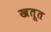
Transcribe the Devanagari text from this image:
खतूत